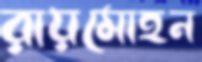
রায়মোহন